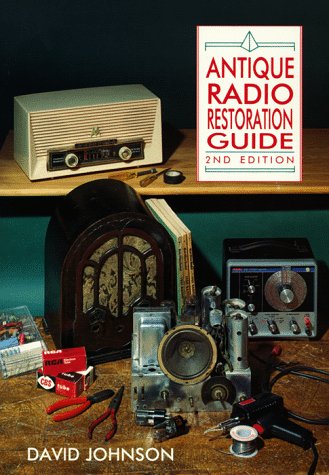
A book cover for Antique Radio Restoration Guide; David Johnson; Crafts, Hobbies & Home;